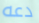
دعه